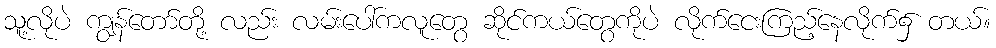
သူ့လိုပဲ ကျွန်တော်တို့ လည်း လမ်းပေါ်ကလူတွေ ဆိုင်ကယ်တွေကိုပဲ လိုက်ငေးကြည့်နေလိုက်၌ တယ်။